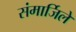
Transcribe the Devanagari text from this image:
संमार्जिले